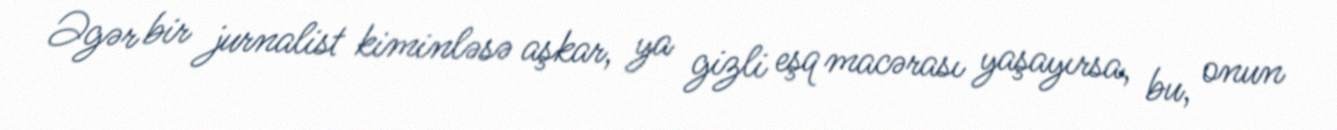
Əgər bir jurnalist kiminləsə aşkar, ya gizli eşq macərası yaşayırsa, bu, onun